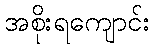
အစိုးရကျောင်း